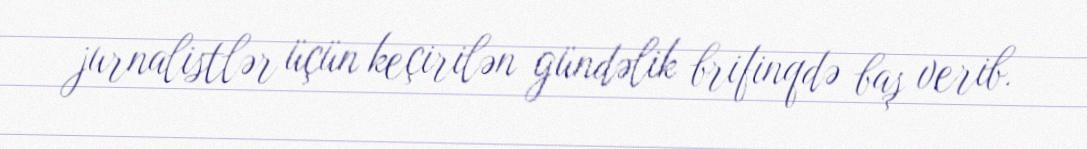
jurnalistlər üçün keçirilən gündəlik brifinqdə baş verib.